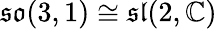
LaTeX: {\mathfrak{so}}(3,1)\cong{\mathfrak{sl}}(2,\mathbb{C})